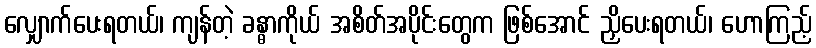
လျှောက်ပေးရတယ်၊ ကျန်တဲ့ ခန္ဓာကိုယ် အစိတ်အပိုင်းတွေက ဖြစ်အောင် ညှိပေးရတယ်၊ ဟောကြည့်